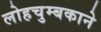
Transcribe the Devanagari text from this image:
लोहचुम्बकाने